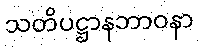
သတိပဋ္ဌာနဘာဝနာ